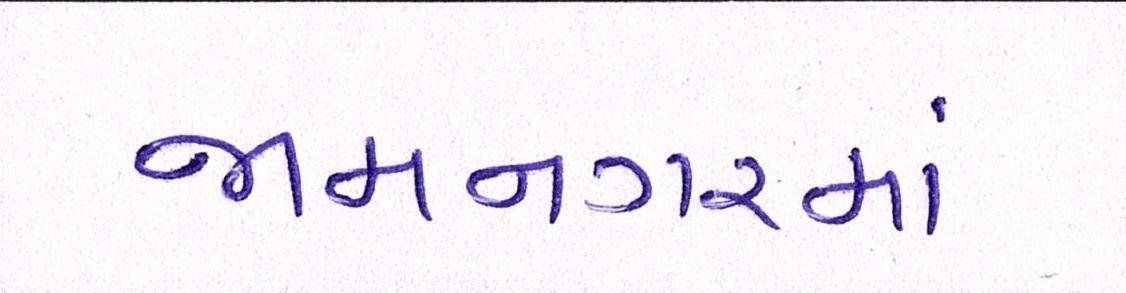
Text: જામનગરમાં